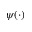
\psi ( \cdot )